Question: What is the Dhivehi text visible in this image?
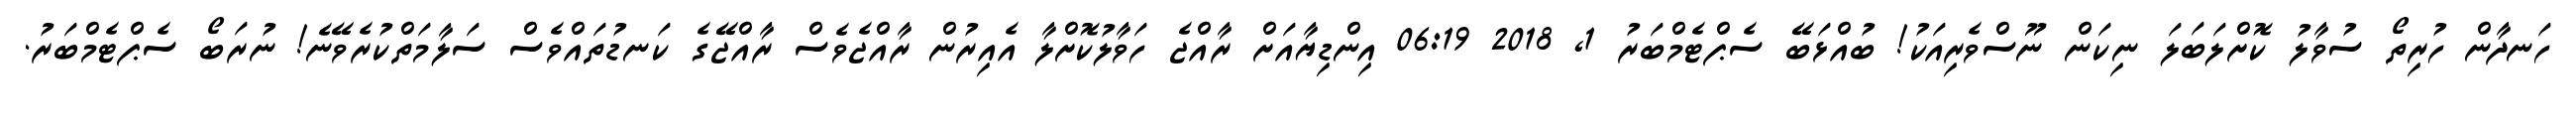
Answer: ހަނދާން ހުރިތޯ ސުވާލު ކޮށްލަބަލަ ނިކަން ނޫސްވެރިއަކު! ބުއްޅަބޭ ސެޕްޓެމްބަރު 1, 2018 06:19 އިންޑިޔާއަށް ރާއްޖެ ހަވާލުކޮށްލާ އެއިރުން ރާއްޖެވެސް ރާއްޖޭގެ ކަނޑުތައްވެސް ސަލާމަތްކުރެވޭނެ! ނުރަބޯ ސެޕްޓެމްބަރު.